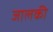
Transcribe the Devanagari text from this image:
जालकी